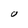
Character: O